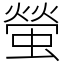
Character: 螢